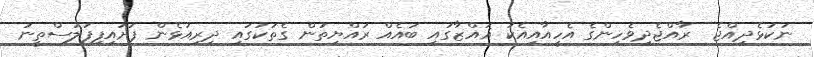
ނުކުޅެދިއްޖެ  ރާއްޖެދިވެހިންގެ އެހީއާއިއެކު ޣައްޒާގައި ބައެއް ރައްޔިތުން ގެތަކުގައި ދިރިއުޅެން ފަށައިފިފަލަސްތީނު